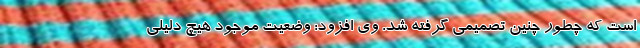
است که چطور چنین تصمیمی گرفته شد. وی افزود: وضعیت موجود هیچ دلیلی